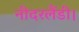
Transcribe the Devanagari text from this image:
नीदरलैंडी।